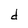
Character: d